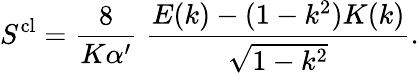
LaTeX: S^{\mathrm{cl}}=\frac{8}{K\alpha^{\prime}}\; \frac{E(k)-(1-k^{2})K(k)}{\sqrt{1-k^{2}}}.